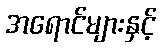
အရောင်များနှင့်